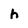
Character: h